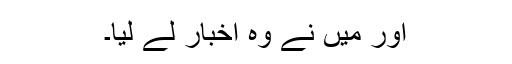
اور میں نے وہ اخبار لے لیا۔